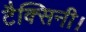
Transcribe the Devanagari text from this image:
टैक्सिनी।